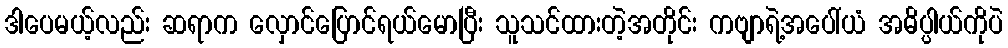
ဒါပေမယ့်လည်း ဆရာက လှောင်ပြောင်ရယ်မောပြီး သူသင်ထားတဲ့အတိုင်း ကဗျာရဲ့အပေါ်ယံ အဓိပ္ပါယ်ကိုပဲ